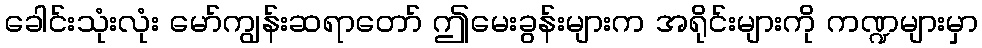
ခေါင်းသုံးလုံး မော်ကျွန်းဆရာတော် ဤမေးခွန်းများက အရိုင်းများကို ကဏ္ဍများမှာ